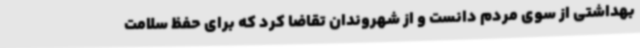
بهداشتی از سوی مردم دانست و از شهروندان تقاضا کرد که برای حفظ سلامت